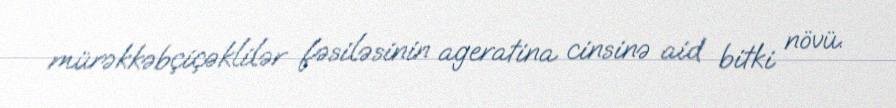
mürəkkəbçiçəklilər fəsiləsinin ageratina cinsinə aid bitki növü.